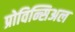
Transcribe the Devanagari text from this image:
प्रोविन्सिअल